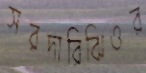
সরদারিঝিওর